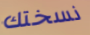
نسختك